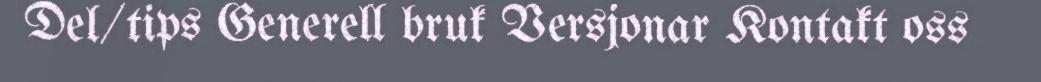
Del/tips Generell bruk Versjonar Kontakt oss